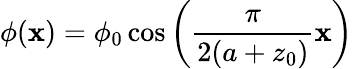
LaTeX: \phi(\mathbf{x})=\phi_{0}\cos\left(\frac{{\pi}}{{2(a+z_{0})}}\mathbf{x}\right)